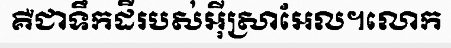
គឺជាទឹកដីរបស់អ៊ីស្រាអែល។លោក